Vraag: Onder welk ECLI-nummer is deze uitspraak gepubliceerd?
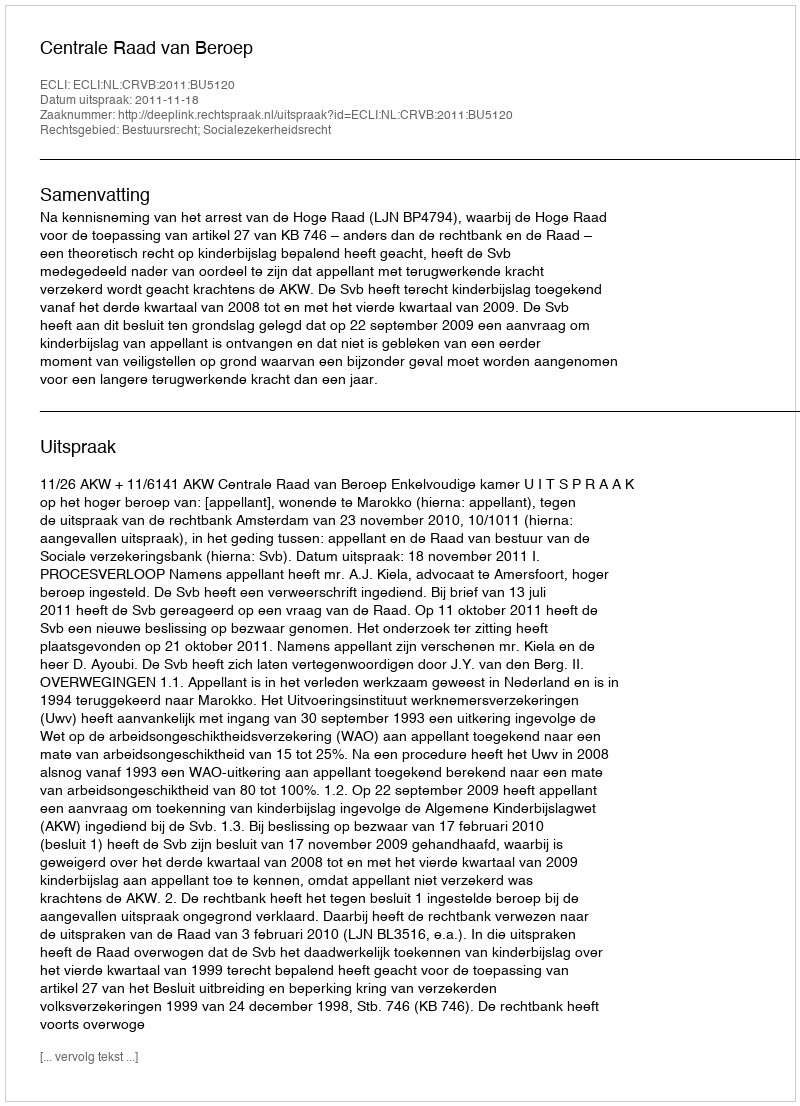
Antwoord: ECLI:NL:CRVB:2011:BU5120